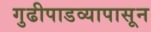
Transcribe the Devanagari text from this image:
गुढीपाडव्यापासून